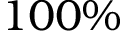
1 0 0 \%